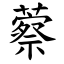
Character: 䕓